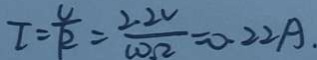
I = \frac { U } { R } = \frac { 2 . 2 v } { 1 0 \Omega } = 0 . 2 2 A .